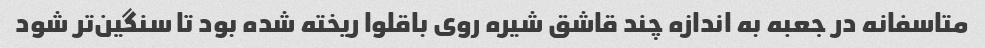
متاسفانه در جعبه به اندازه چند قاشق شیره روی باقلوا ریخته شده بود تا سنگین‌تر شود